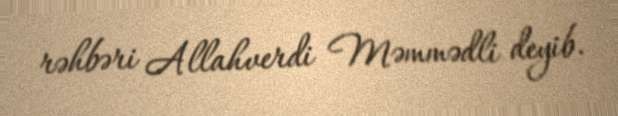
rəhbəri Allahverdi Məmmədli deyib.